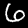
Digit: 6